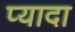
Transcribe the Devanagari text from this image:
प्‍यादा